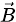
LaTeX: \scriptstyle{\vec{B}}